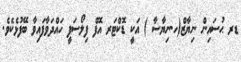
ޑރ ޙުސައިން ނިޔާޒް(ހ.ނިޔާސާ ) އަކީ ޑޮކްޓަރ އޮފް ފިލޯސަފީ ހައްދަވާފައިވާ ބޭފުޅެކެވެ.